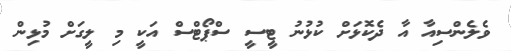
ވެލެންސިއާ އާ ދެކޮޅަށް ކުޅުނު ޓީސީ ސްޕޯޓްސް އަކީ މި ލީގަށް މުޅިން